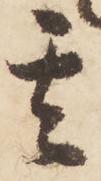
其